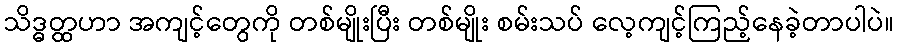
သိဒ္ဓတ္ထဟာ အကျင့်တွေကို တစ်မျိုးပြီး တစ်မျိုး စမ်းသပ် လေ့ကျင့်ကြည့်နေခဲ့တာပါပဲ။